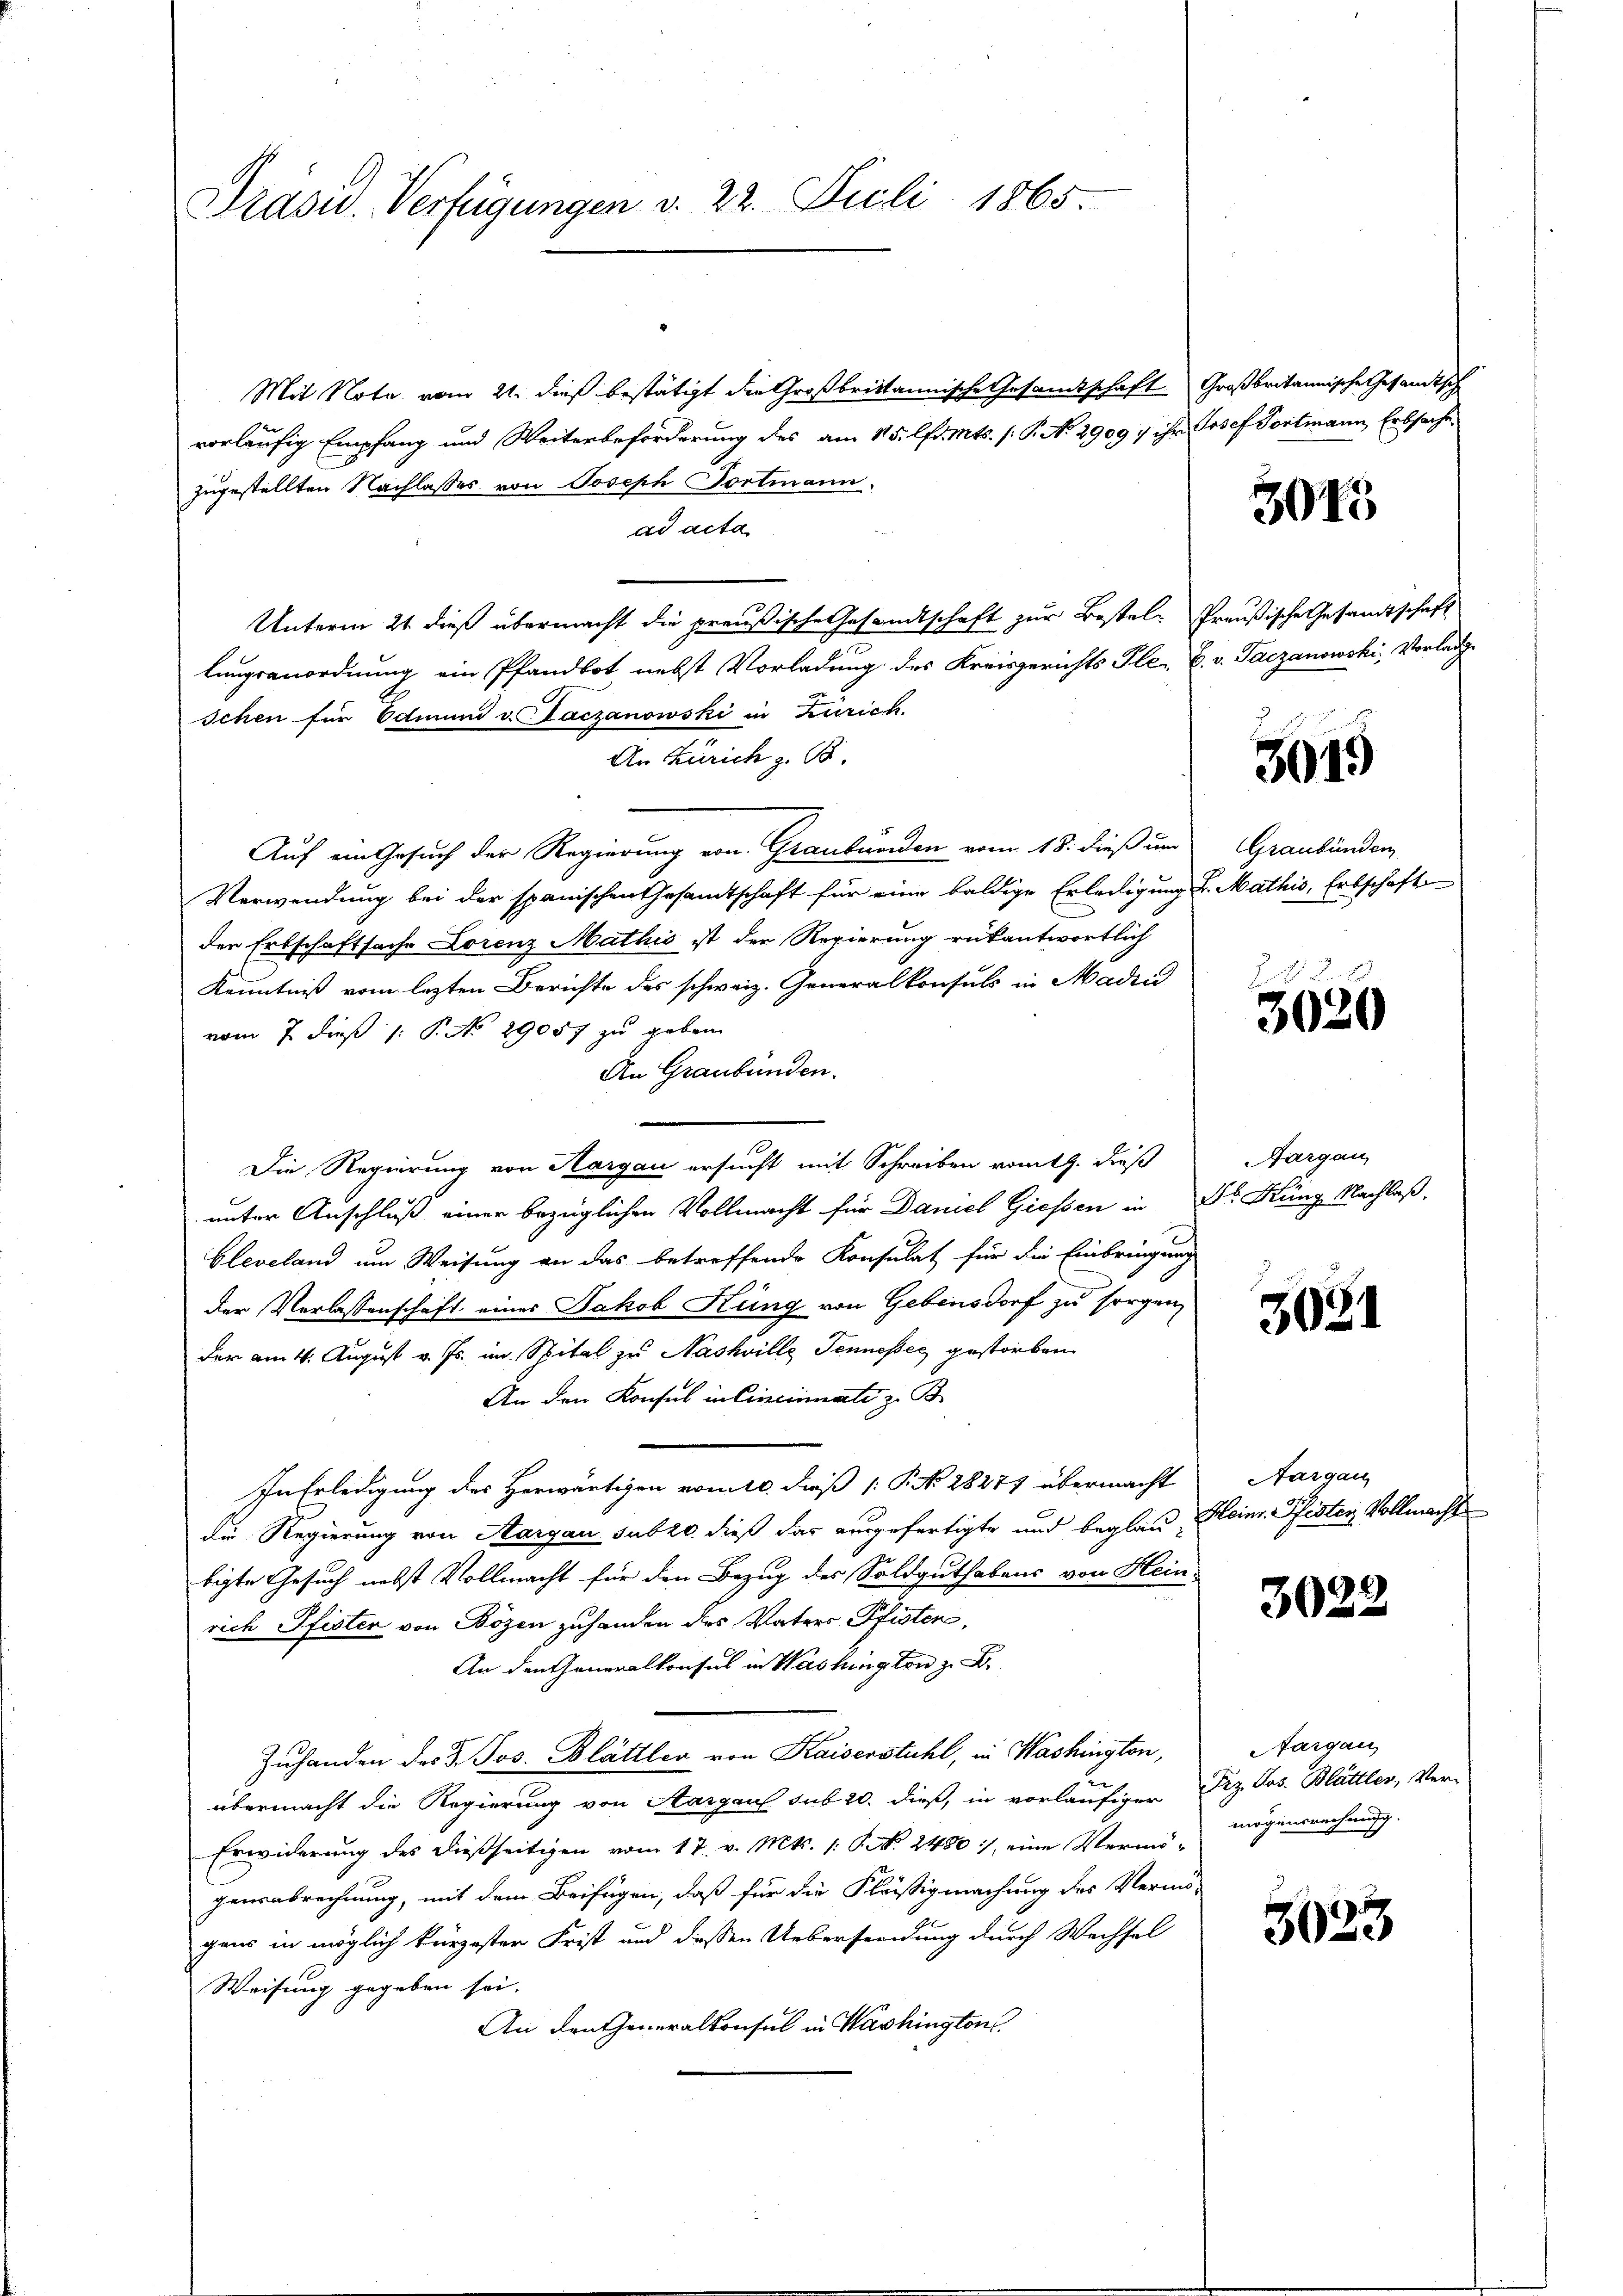
Präsid. Verfügungen v. 22. Juli 1865.

Mit Note vom 21. dieß bestätigt die Großbrittannische Gesandtschaft Großbritannische Gesandtsch
vorläufig Empfang und Weiterbeförderung des am 15. lfd. Mts. (: P. No 2909 v ihr Josef Portmann Erbsache
zugestellten Nachlasses von Joseph Portmann.
ad acta
Unterm 21. dieß übermacht die preußische Gesandtschaft zur Bestel- Preußische Gesandtschaft
lungsanordnung ein Pfandbot nebst Vorladung des Kreisgerichts Ple. C. v. Taczanowski, Vorladge
schen für Edmund u. Laczanowski in Zürich.
An Zürich z. B.
Auf ein Gesuch der Regierung von Graubünden vom 18. dieß um
Verwendung bei der spanischen Gesandtschaft für eine baldige Erledigung d. Mathis, Erbschaft
der Erbschaftsache Lorenz Mathis ist der Regierung rükantwortlich
Kenntniß vom letzten Berichte des schweiz. Generalkonsuls in Madrid
vom 7. dieß 1: P. No 29057 zu geben
An Graubünden.
Die Regierung von Aargau ersucht mit Schreiben romth. dieß
unter Anschluß einer bezüglichen Vollmacht für Daniel Giessen in Dr. Küng Nachlaß.
bleveland um Weisung an das betreffende Konsulat für die Einbringung
der Verlassenschaft eines Jakob Küng von Gebensdorf zu sorgen,
der am 4. August v. Js. im Spital zu Nashville Tennesser gestorben
An den Konsul in Cincinati z. B.
In Erledigung des Herwärtigen vom 10. dieß P. N. 28277 übermacht
die Regierung von Aargau sub 20. dieß das ausgefertigte und begland Heinr. Pfisten Vollmacht
bigte Gesuch nebst Vollmacht für den Bezug des Soldguthabens von Hein-
rich Pfisten von Bözen zuhanden des Vater Pfisten,
An den Generalkonsul in Washington z. B.
Zuhanden des Dr. Jos. Blättler von Kaiserstuhl, in Washington,
übermacht die Regierung von Aargau sub 20. dieß, in vorläufiger Frz. Jos. Blättler, Ver-
Erwiderung des dießseitigen vom 17. v. Mts. /: P. Nr. 2480 :/ eine Vermö-
gensabrechnung, mit dem Beifügen, daß für die Fläßigmachung des Vermö-
gens in möglich kürzester Frist und dessen Uebersendung durch Wechsel
Weisung gegeben sei.
An den Generalkonsul in Washington

3045

3019

Graubünden

.
3020

Aargau,

3081

Aargau

3022.

fargau
mögensrechnung.

3023